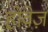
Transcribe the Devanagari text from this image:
होवेज़